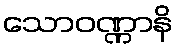
သောဝဏ္ဏာနိ